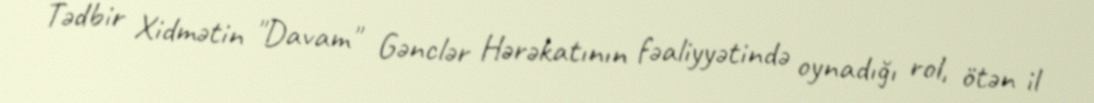
Tədbir Xidmətin "Davam" Gənclər Hərəkatının fəaliyyətində oynadığı rol, ötən il